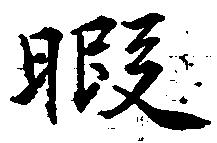
暇